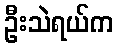
ဦးသဲရယ်က